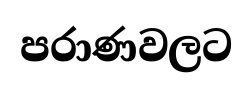
පරාණවලට